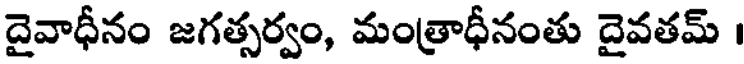
దైవాధీనం జగత్సర్వం, మంత్రాధీనంతు దైవతమ్ ।